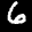
Label: 6